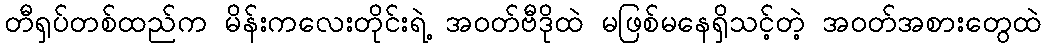
တီရှပ်တစ်ထည်က မိန်းကလေးတိုင်းရဲ့ အဝတ်ဗီဒိုထဲ မဖြစ်မနေရှိသင့်တဲ့ အဝတ်အစားတွေထဲ